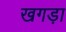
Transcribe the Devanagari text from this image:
खगड़ा